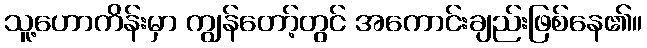
သူ့ဟောကိန်းမှာ ကျွန်တော့်တွင် အကောင်းချည်းဖြစ်နေ၏။